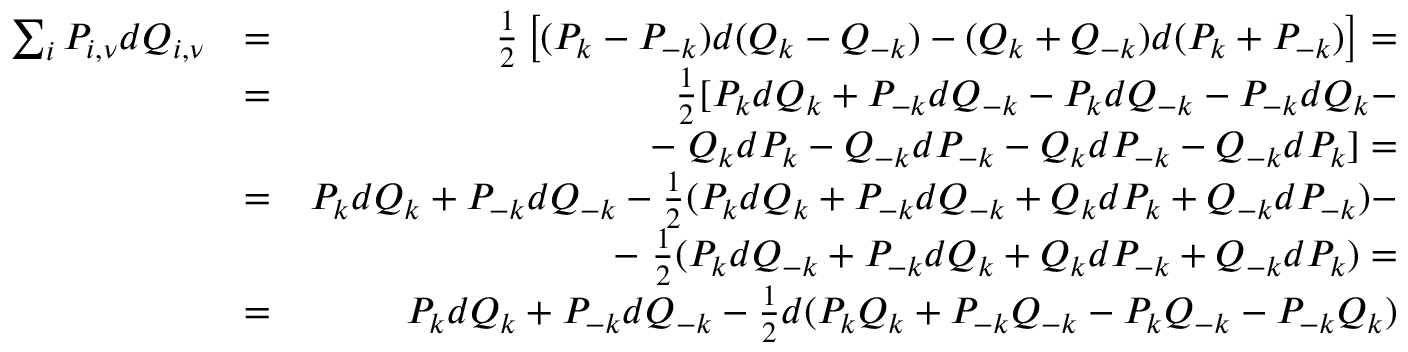
\begin{array} { r l r } { \sum _ { i } P _ { i , \nu } d Q _ { i , \nu } } & { = } & { \frac { 1 } { 2 } \left[ ( P _ { k } - P _ { - k } ) d ( Q _ { k } - Q _ { - k } ) - ( Q _ { k } + Q _ { - k } ) d ( P _ { k } + P _ { - k } ) \right] = } \\ & { = } & { \frac { 1 } { 2 } [ P _ { k } d Q _ { k } + P _ { - k } d Q _ { - k } - P _ { k } d Q _ { - k } - P _ { - k } d Q _ { k } - } \\ & { } & { - \; Q _ { k } d P _ { k } - Q _ { - k } d P _ { - k } - Q _ { k } d P _ { - k } - Q _ { - k } d P _ { k } ] = } \\ & { = } & { P _ { k } d Q _ { k } + P _ { - k } d Q _ { - k } - \frac { 1 } { 2 } ( P _ { k } d Q _ { k } + P _ { - k } d Q _ { - k } + Q _ { k } d P _ { k } + Q _ { - k } d P _ { - k } ) - } \\ & { } & { - \; \frac { 1 } { 2 } ( P _ { k } d Q _ { - k } + P _ { - k } d Q _ { k } + Q _ { k } d P _ { - k } + Q _ { - k } d P _ { k } ) = } \\ & { = } & { P _ { k } d Q _ { k } + P _ { - k } d Q _ { - k } - \frac { 1 } { 2 } d ( P _ { k } Q _ { k } + P _ { - k } Q _ { - k } - P _ { k } Q _ { - k } - P _ { - k } Q _ { k } ) } \end{array}